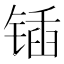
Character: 锸